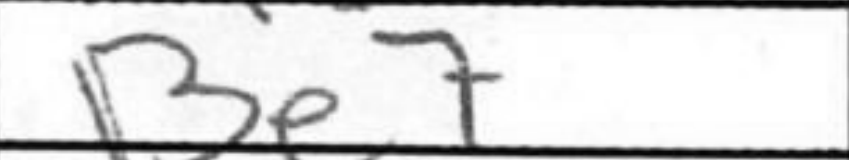
Transcription: Be7